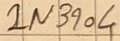
Text: 2N3904